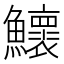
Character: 𬵹